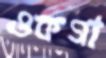
ওকগা